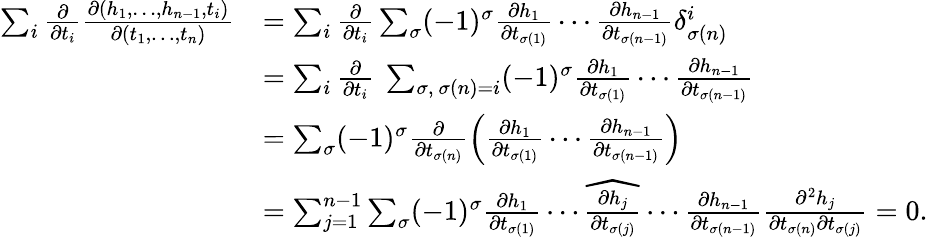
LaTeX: \begin{array}{rl}{\sum_{i}\frac{\partial}{\partial t_{i}}\frac{\partial(h_{1},\dotsc,h_{n-1},t_{i})}{\partial(t_{1},\dotsc,t_{n})}}&{=\sum_{i}\frac{\partial}{\partial t_{i}}\sum_{\sigma}(-1)^{\sigma}\frac{\partial h_{1}}{\partial t_{\sigma(1)}}\cdots\frac{\partial h_{n-1}}{\partial t_{\sigma(n-1)}}\delta_{\sigma(n)}^{i}}\\ &{=\sum_{i}\frac{\partial}{\partial t_{i}}\ \sum_{\sigma,\ \sigma(n)=i}(-1)^{\sigma}\frac{\partial h_{1}}{\partial t_{\sigma(1)}}\cdots\frac{\partial h_{n-1}}{\partial t_{\sigma(n-1)}}}\\ &{=\sum_{\sigma}(-1)^{\sigma}\frac{\partial}{\partial t_{\sigma(n)}}\left(\frac{\partial h_{1}}{\partial t_{\sigma(1)}}\cdots\frac{\partial h_{n-1}}{\partial t_{\sigma(n-1)}}\right)}\\ &{=\sum_{j=1}^{n-1}\sum_{\sigma}(-1)^{\sigma}\frac{\partial h_{1}}{\partial t_{\sigma(1)}}\cdots\widehat{\frac{\partial h_{j}}{\partial t_{\sigma(j)}}}\cdots\frac{\partial h_{n-1}}{\partial t_{\sigma(n-1)}}\frac{\partial^{2}h_{j}}{\partial t_{\sigma(n)}\partial t_{\sigma(j)}}=0.}\end{array}